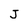
Character: J